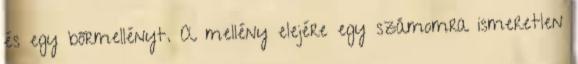
és egy bőrmellényt. A mellény elejére egy számomra ismeretlen